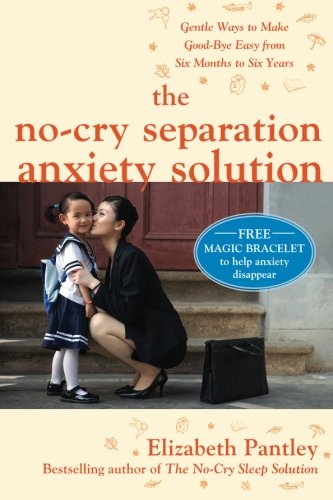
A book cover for The No-Cry Separation Anxiety Solution: Gentle Ways to Make Good-bye Easy from Six Months to Six Years; Elizabeth Pantley; Parenting & Relationships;